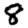
Digit: 8